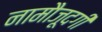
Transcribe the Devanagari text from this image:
नामौजूदगी